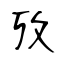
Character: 攷